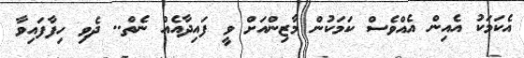
އެކަމަކު އެއިން އެއްވެސް ކަމަކުން މާޒިންއަށް ވީ ފައިދާއެއް ނެތް.. ދެވި ހިފާފައިވާ